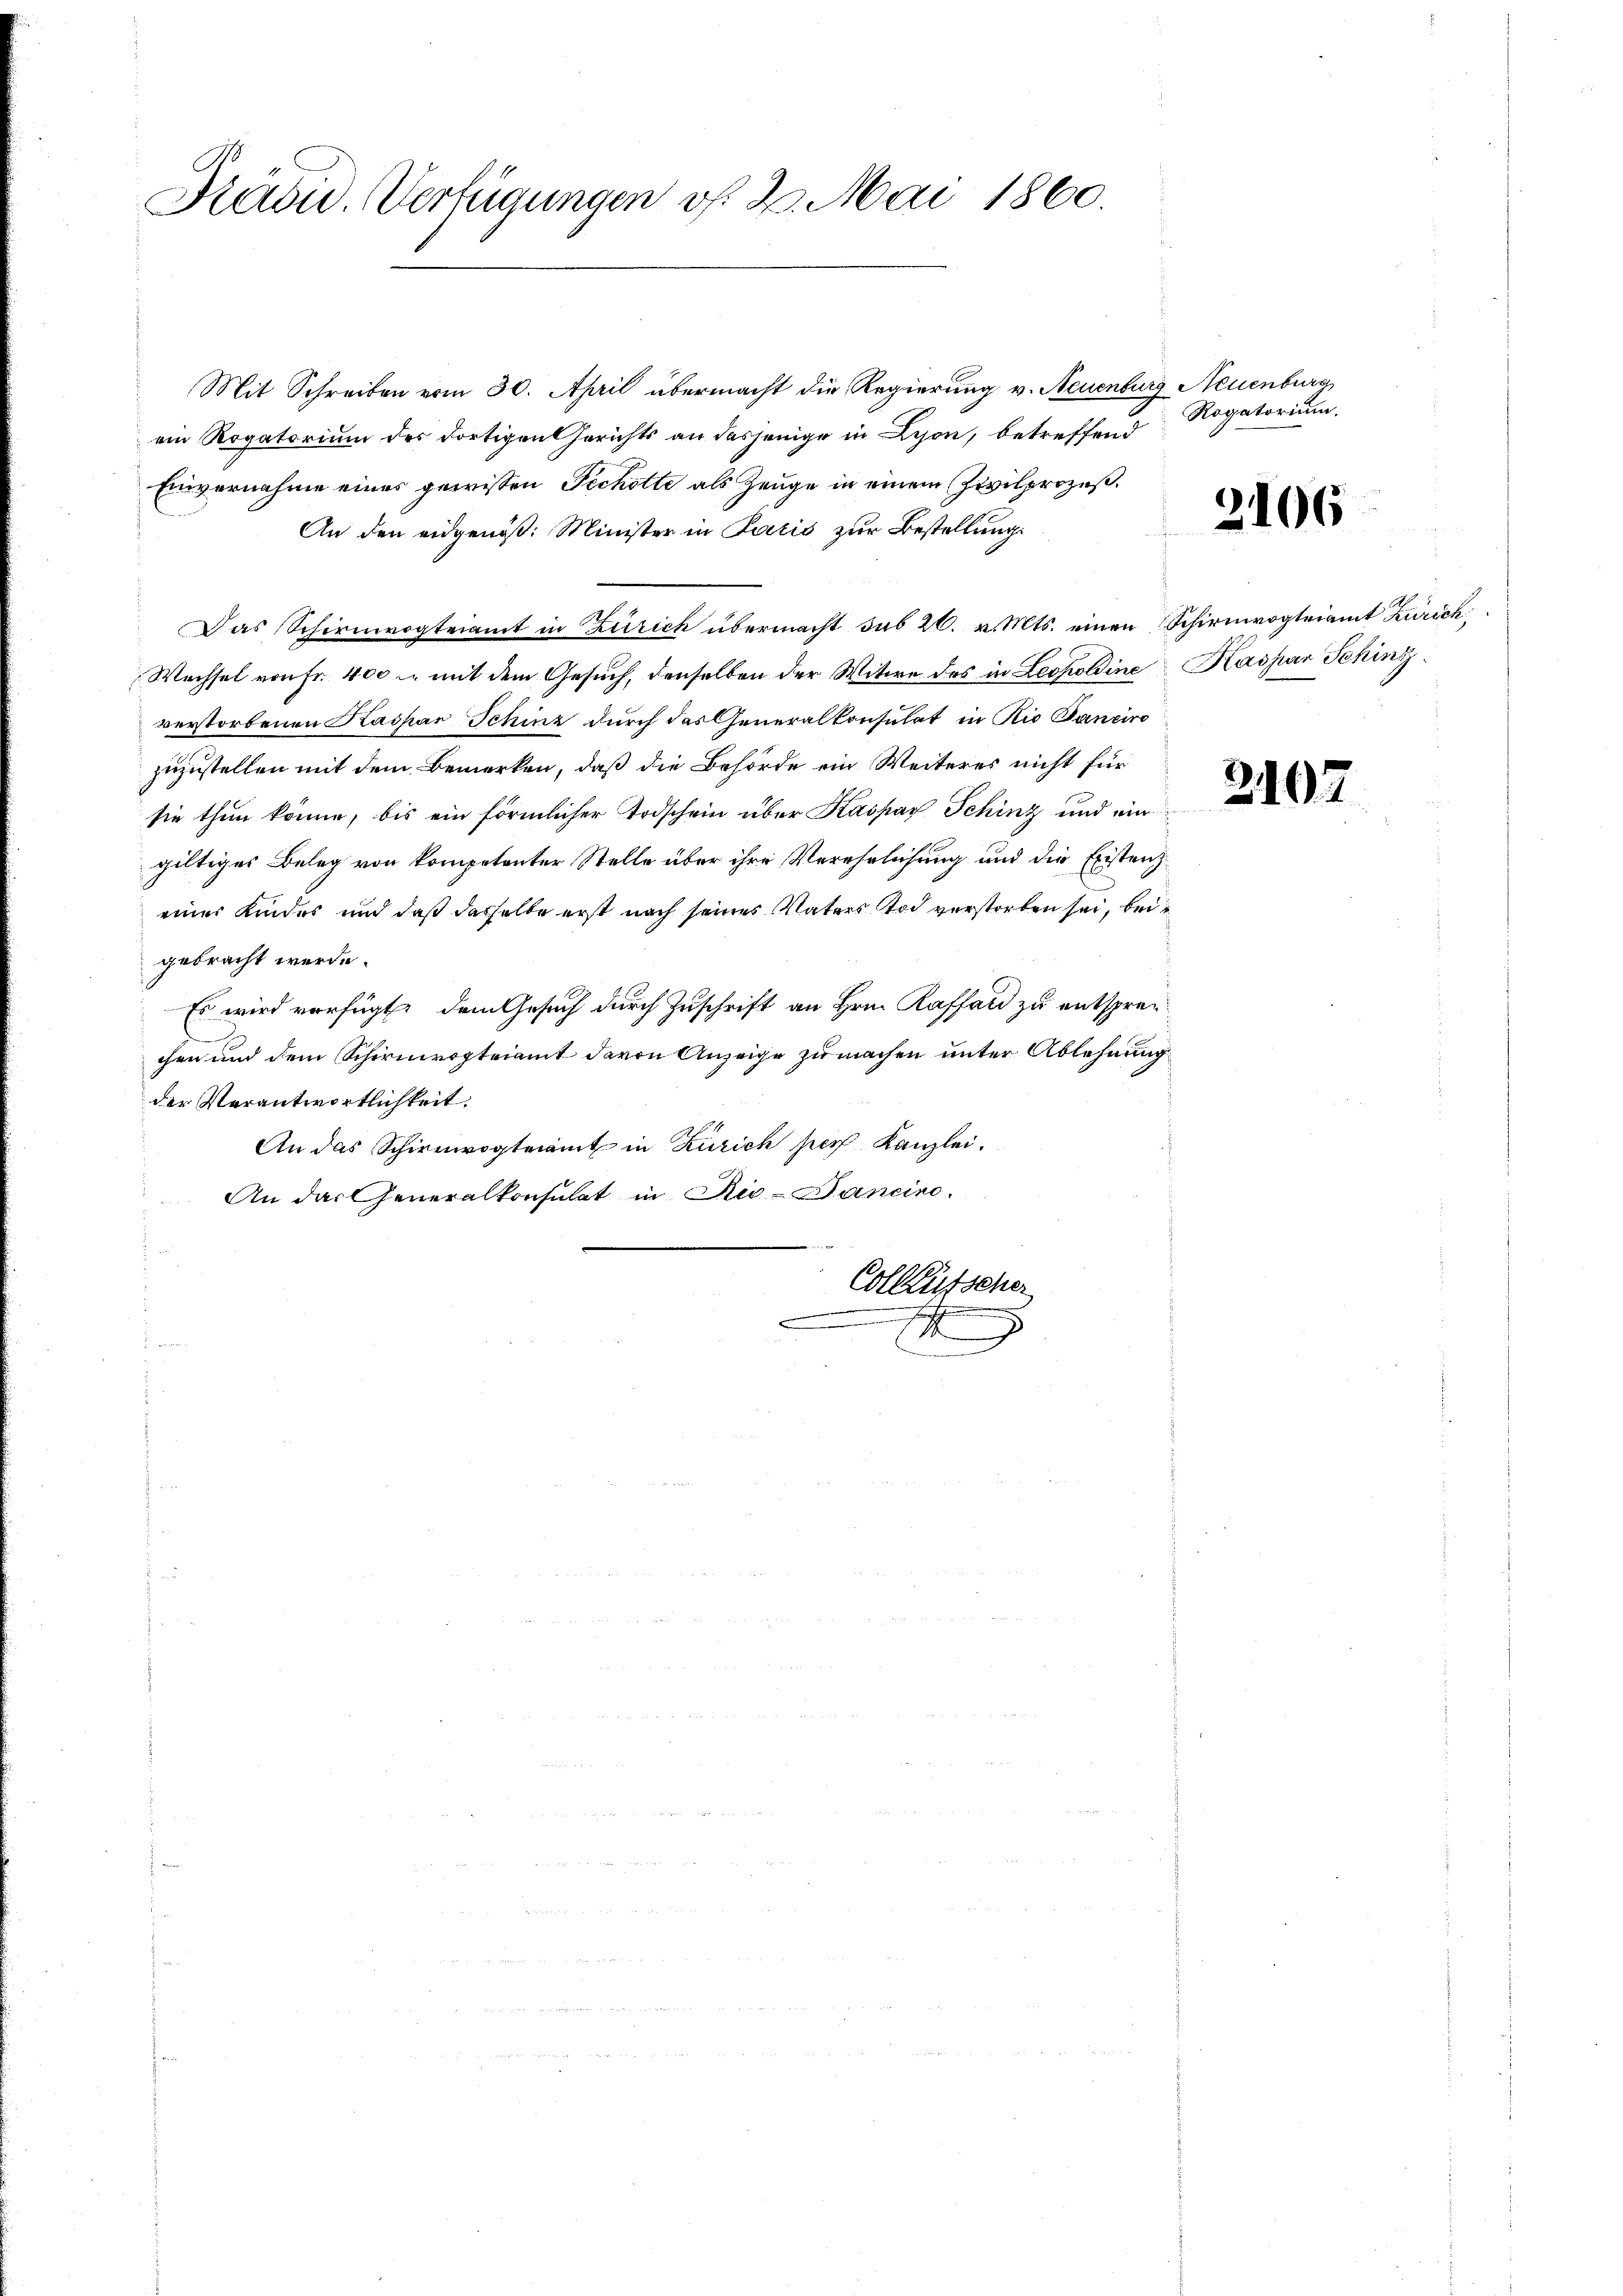
Drädu. Verfügungen v. 2. Mai 1860.

Mit Schreiben vom 30. April übermacht die Regierung v. Neuenburg Neuenburg
ein Rogatorium des dortigen Gerichts an dasjenige in Lyon, betreffend
Einvernahme eines gewissen Techotte als Zeuge in einem Zivilprozeß¬
An den eidgenöß: Minister in Paris zur Bestellung
Das Schirmvogteiamt in Zürich übermacht sub 20. v. Mts. einen Schirmvogteiamt Zürich
Wechsel von Fr. 400 mit dem Gesuch, denselben der Witwe des in Leopoldine Kaspar Schinz
verstorbenen Kaspar Schinz durch das Generalkonsulat in Rio Sanciro
zuzustellen mit dem Bemerken, daß die Behörde ein Weiteres nicht für
sie thun könne, bis ein förmlicher Todschein über Kaspar Schinz und ein
giltiges Beleg von kompetenter Stelle über ihre Verehrlichung und die Existenzeiner Kindes und daß dasselbe erst nach seines Vaters Tod verstorben sei, bei e
gebracht werde.
Es wird verfügt dem Gesuch durch Zuschrift an Hrn. Raffard zu entsprec
chen und dem Schirmvogteiamt davon Anzeige zu machen unter Ablehnung
der Verantwortlichkeit.
An das Schirmvogteiamt in Zürich her Kanzlei.
An das Generalkonsulat in Ri-Janein.
Collausseher
E

Rogatorium.

2106

2102